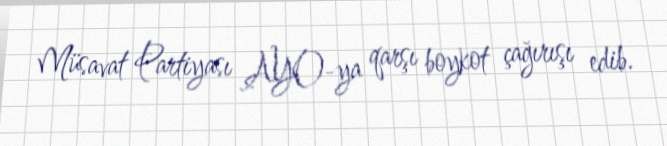
Müsavat Partiyası AYO-ya qarşı boykot çağırışı edib.